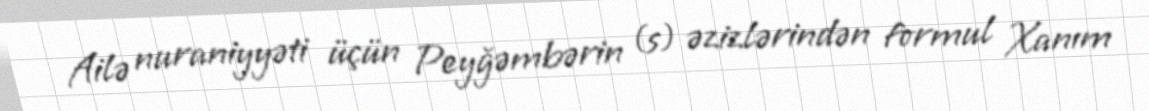
Ailə nuraniyyəti üçün Peyğəmbərin (s) əzizlərindən formul Xanım